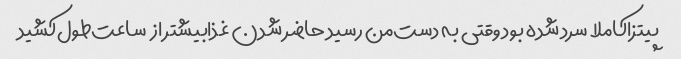
پیتزا‌کاملا سرد شده بود وقتی‌ به دست‌من رسید حاضر شدن غذابیشتر از  ساعت‌طول‌کشید